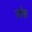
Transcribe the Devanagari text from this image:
ज़ॉफ